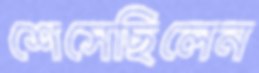
শেসেছিলেন